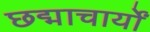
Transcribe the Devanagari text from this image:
छद्माचार्यों